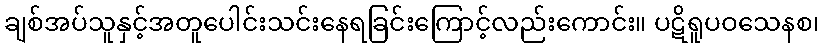
ချစ်အပ်သူနှင့်အတူပေါင်းသင်းနေရခြင်းကြောင့်လည်းကောင်း။ ပဋိရူပဝသေနစ၊